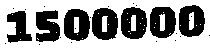
1500000